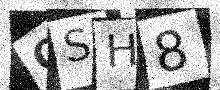
Text: QSH8